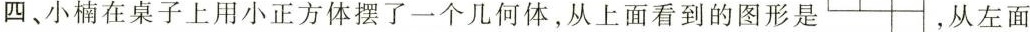
四、小楠在桌子上用小正方体摆了一个几何体，从上面看到的图形是 ，从左面